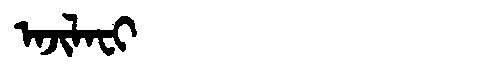
Manchu: ᠠᠵᡳᠯᠠᠸᡳ
Romanization: AJILAFI